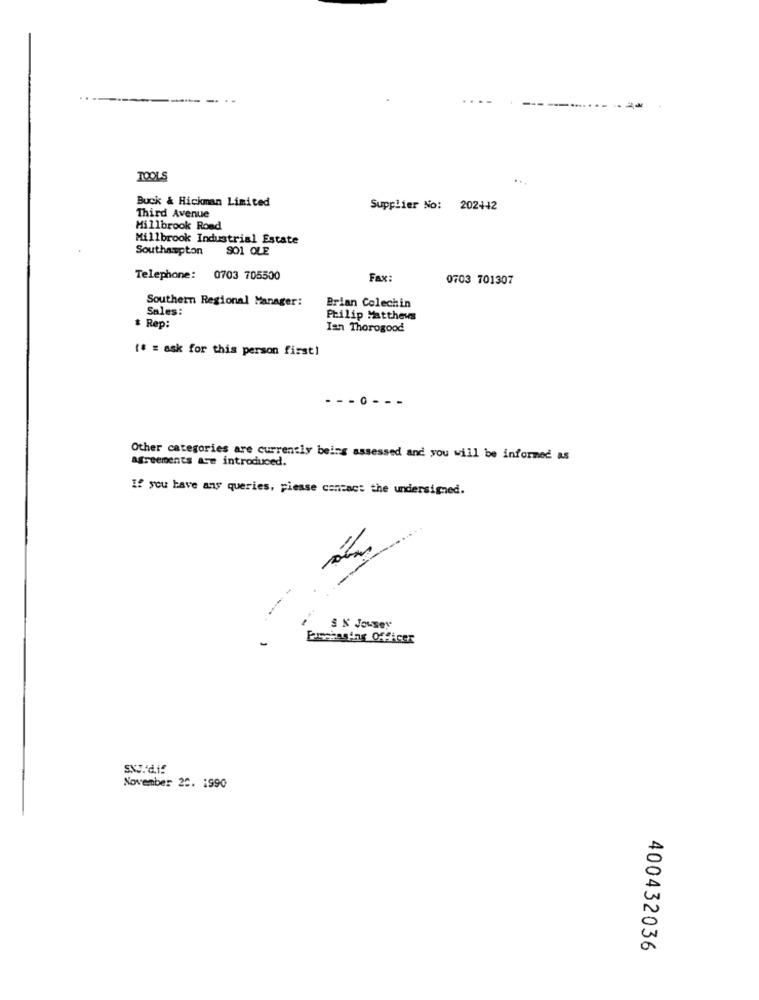
..
TOOLS
Buck & Hickman Limited
Supplier No: 202442
Third Avenue
Millbrook Rond
Millbrook Industrial Estate
Southampton
SO1 OLE
Telephone: 0703 705500
Fax:
0703 701307
Southern Regional Manager:
Sales:
Brian Colechin
Philip Matthews
$ Rep:
Ian Thorogood
($ = ask for this person first)
.0 -
Other categories are currently being assessed and you will be informed as
agreements are introduced.
If you have any queries, please contact the undersigned.
--
& N JouSey
-
Russiaging Officer
SKJ.'d.if
November 22. 1990
400432036